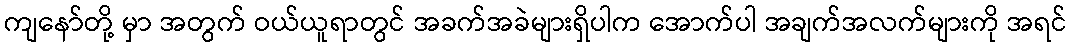
ကျနော်တို့ မှာ အတွက် ဝယ်ယူရာတွင် အခက်အခဲများရှိပါက အောက်ပါ အချက်အလက်များကို အရင်